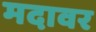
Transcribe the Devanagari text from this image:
मदावर